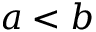
a < b